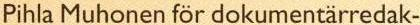
Pihla Muhonen för dokumentärredak-